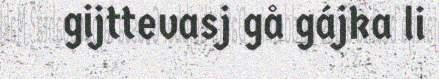
gijttevasj gå gájka li